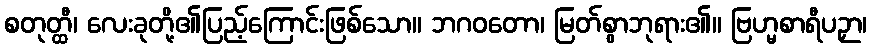
စတုတ္ထီ၊ လေးခုတို့၏ပြည့်ကြောင်းဖြစ်သော။ ဘဂဝတော၊ မြတ်စွာဘုရား၏။ ဗြဟ္မစာရီပဉှာ၊